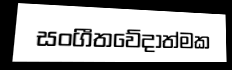
සංගීතවේදාත්මක